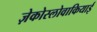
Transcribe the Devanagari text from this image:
ज़ेकोस्लोवाकियाई